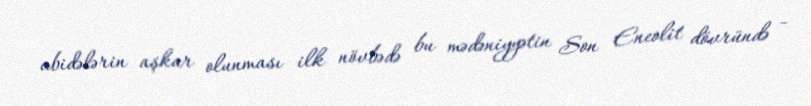
abidələrin aşkar olunması ilk növbədə bu mədəniyyətin Son Eneolit dövründə -